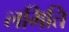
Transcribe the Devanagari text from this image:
लमिति